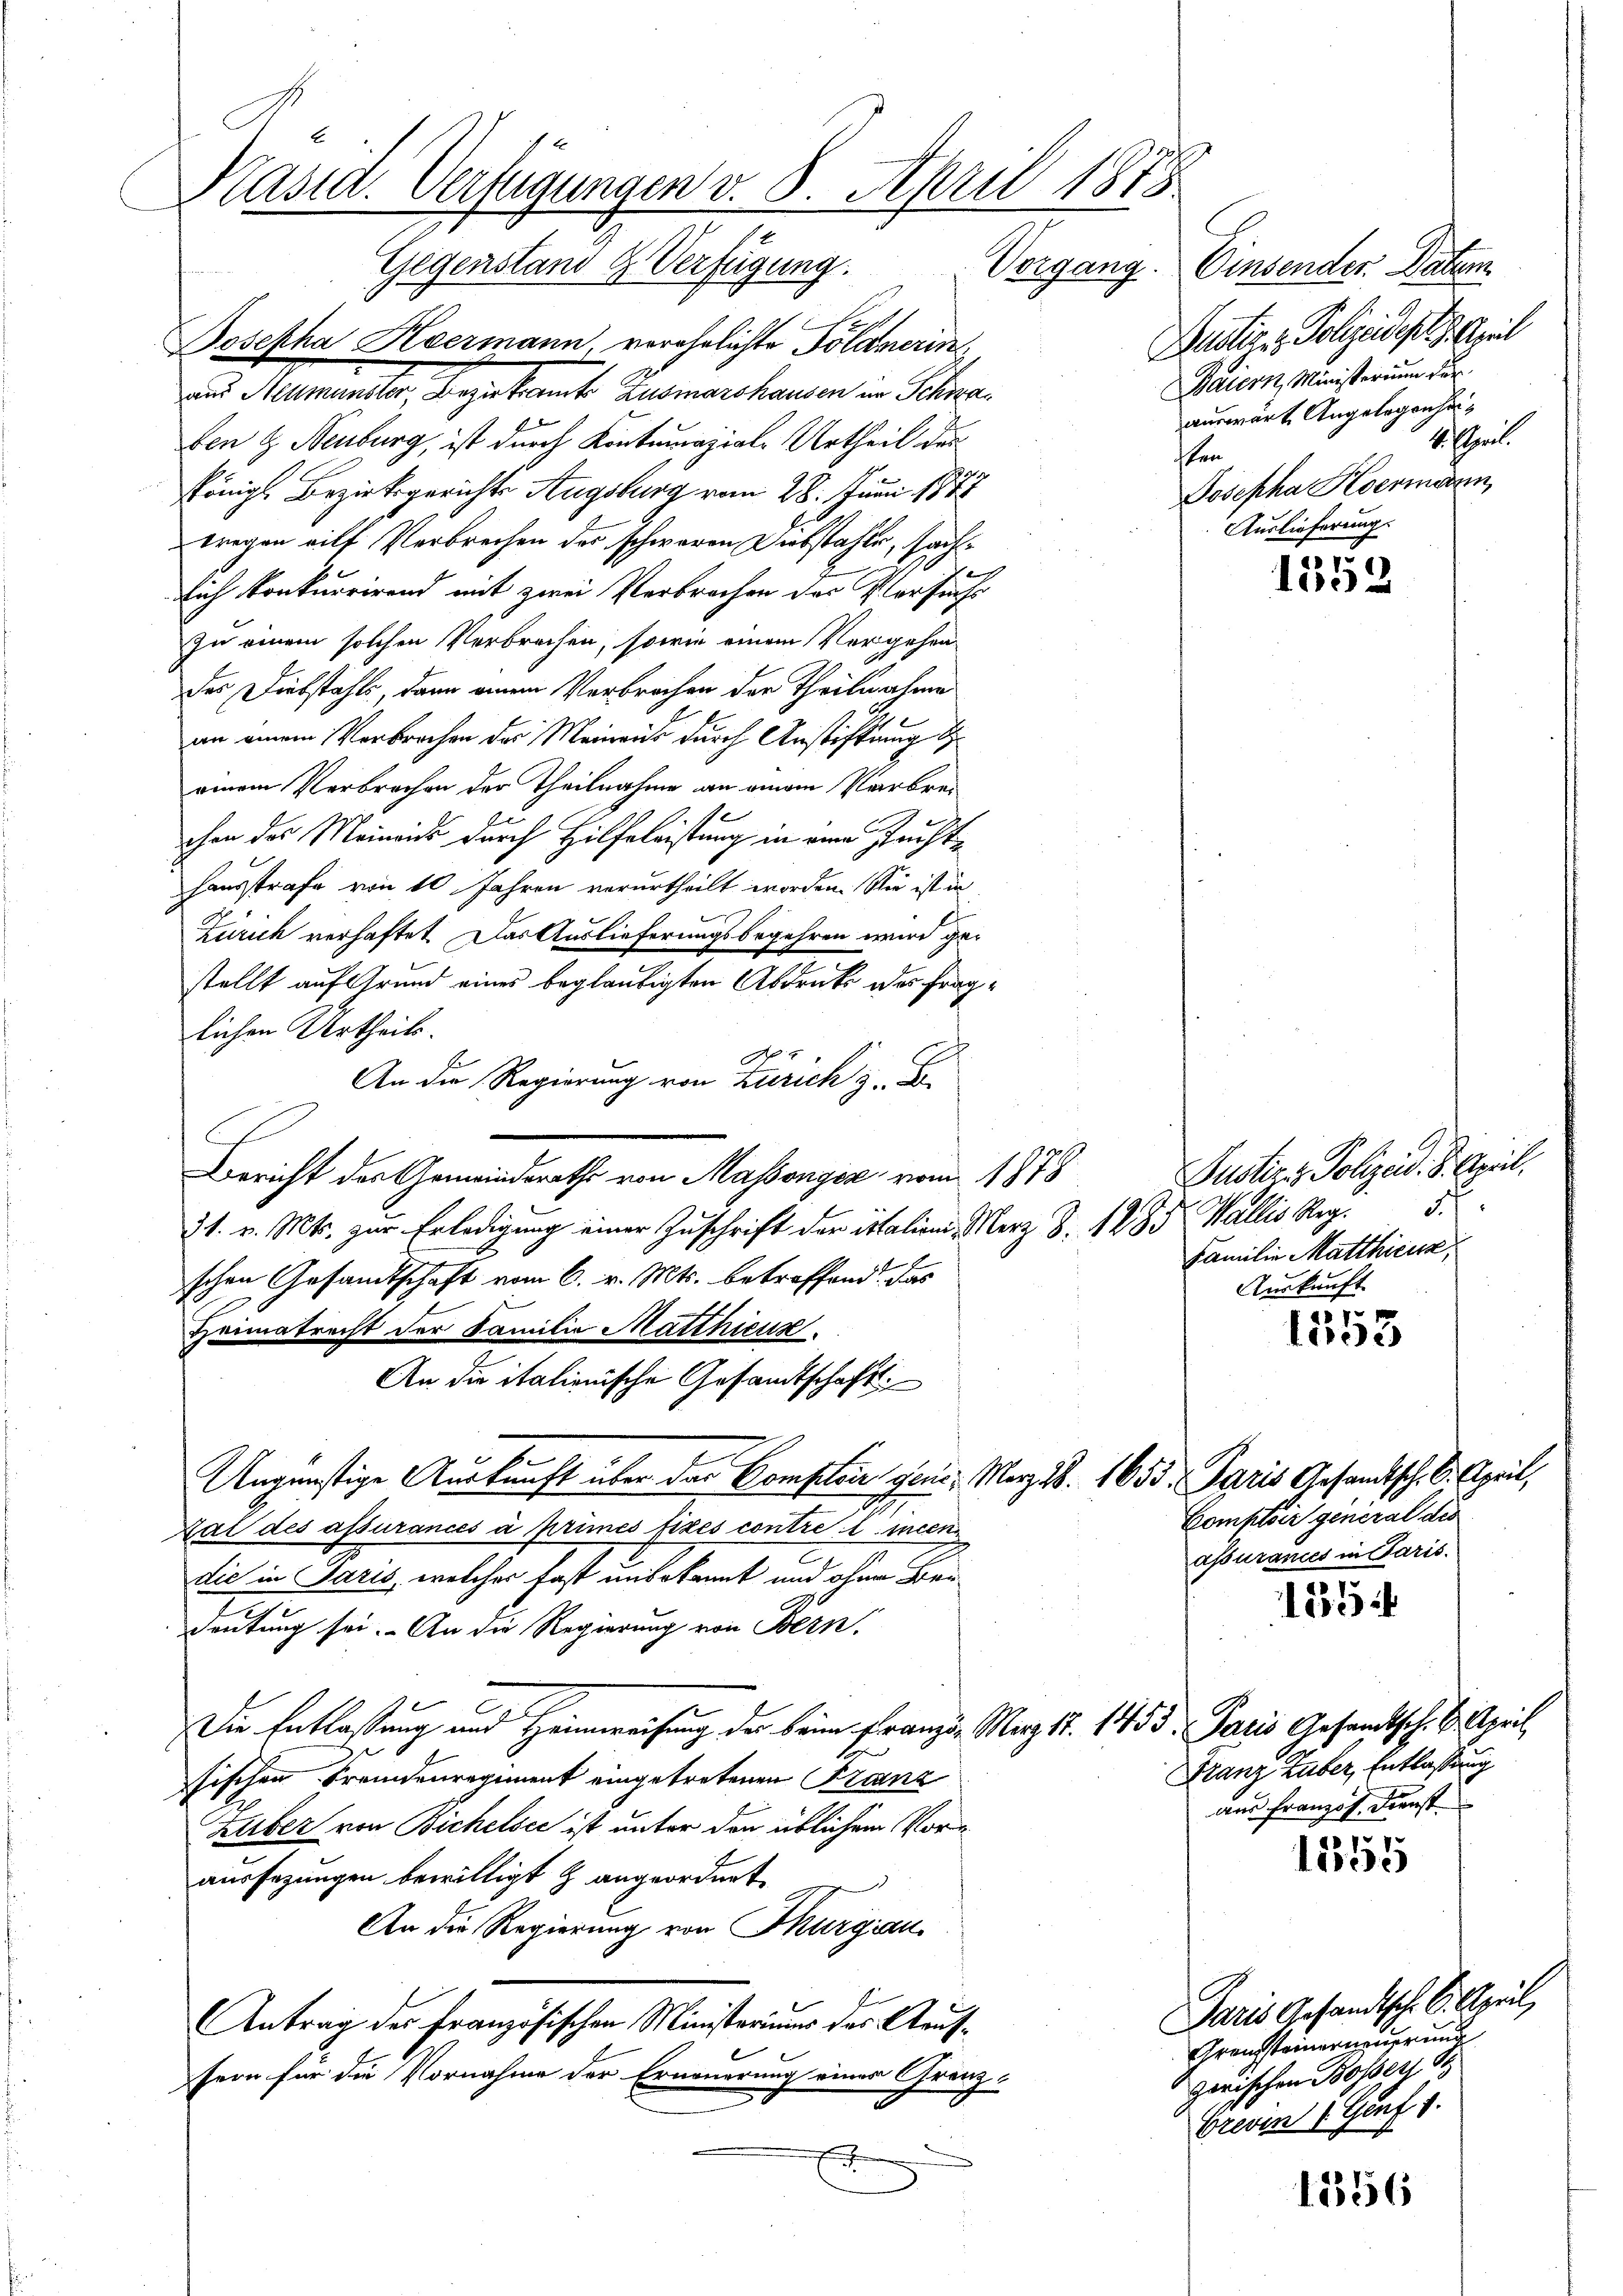
Präsid. Verfügungen v. 8. April 1875
Gegenstand & Verfügung. Vorgang.

Josepha Hermann, vorehelichte Polamerin
aus Neumünster, Bezirksamts Zusmarshausen im Schwaben & Neuburg, ist durch Kontumaziale Urtheil der
Königl. Bezirksgerichts Augsburg vom 28. Juni 187
wregen eilf Verbrechen der schweren Diebstahle, sache
lich konkurrirend mit zwei Verbrochen des Plarsiehs
zu einem solchen Verbrechen, sowie einem Vergehen
des Diebstahls, dann einem Verbrechen der Theilnahme
an einem Verbrochen der Meinaus durch Anstiftung d
einem Verbrechen der Theilnahme an einem Verbrechon des Meinends durch Hilfeleistung in eine Fruchthausstrafe von 10 Jahren verurtheilt worden. Sie ist in
Zürich verhaftet. Das Auslieferungsbegehren wird gestellt auf Grund eines beglaubigten Abdruck des fraglichen Urtheils.
E
An die Regierung von Zürich z. B.
Bericht des Gemeindsraths von Massongéz vom 1878
31. v. Mts. zur Erledigung einer Zuschrift der italien. Merz S. 1285 Wallis Reg. 5
schen Gesandtschaft vom 6. v. Mts. betreffend das
Heimatracht der Familie Matthieus
An die italienische Gesandtschaft
Ungünstige Auskunft über das Complein geni, Morges. 1655. Paris Gesandtsch. S. April,
Zal des assurances à primes fixés contre l. mien
die in Paris, welcher fast unbekannt und ohne Bei¬
Deutung sei. An die Regierung von Bern.
Die Entlastung und Heimweisung der beim Franzen März 17. 1453. Paris Gesandtsch. 2. April
sischen Fremdenregiment eingetretenen Franz
Zuber von Bichelsee ist unter den üblichem Voraussezungen bewilligt & angeordnet
An die Regierung von Thurgau
Antrag des französischen Ministeriums des Aaufsern für die Vornahme der Erneuerung einer Grenz-

Justiz & Polizeid. 8. April.
Familie Matthicus,
Auskunft.

Comptoir general des
assurances in Paris.

Einsender Daten
Bustiz - Polizeidest 8. April
Baiern, Ministerium der
auswärt Angelegenhei¬
4 rl.
en
Josepha Hermann,
Auslieferung.

Franz Huber, Entlassung
am Französ. Dienst
17

pr
1552

.
1503

1354

11155

Paris Gesandtsch. S. April,
Grenzsteinerneuerung
zerischen Bosser S
Greden Genf 1

1556